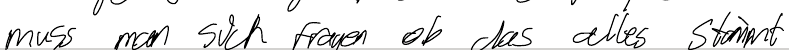
muss man sich fragen ob das alles stimmt